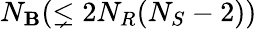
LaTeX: N_{\mathbf{B}}(\lneq2N_{R}(N_{S}-2))